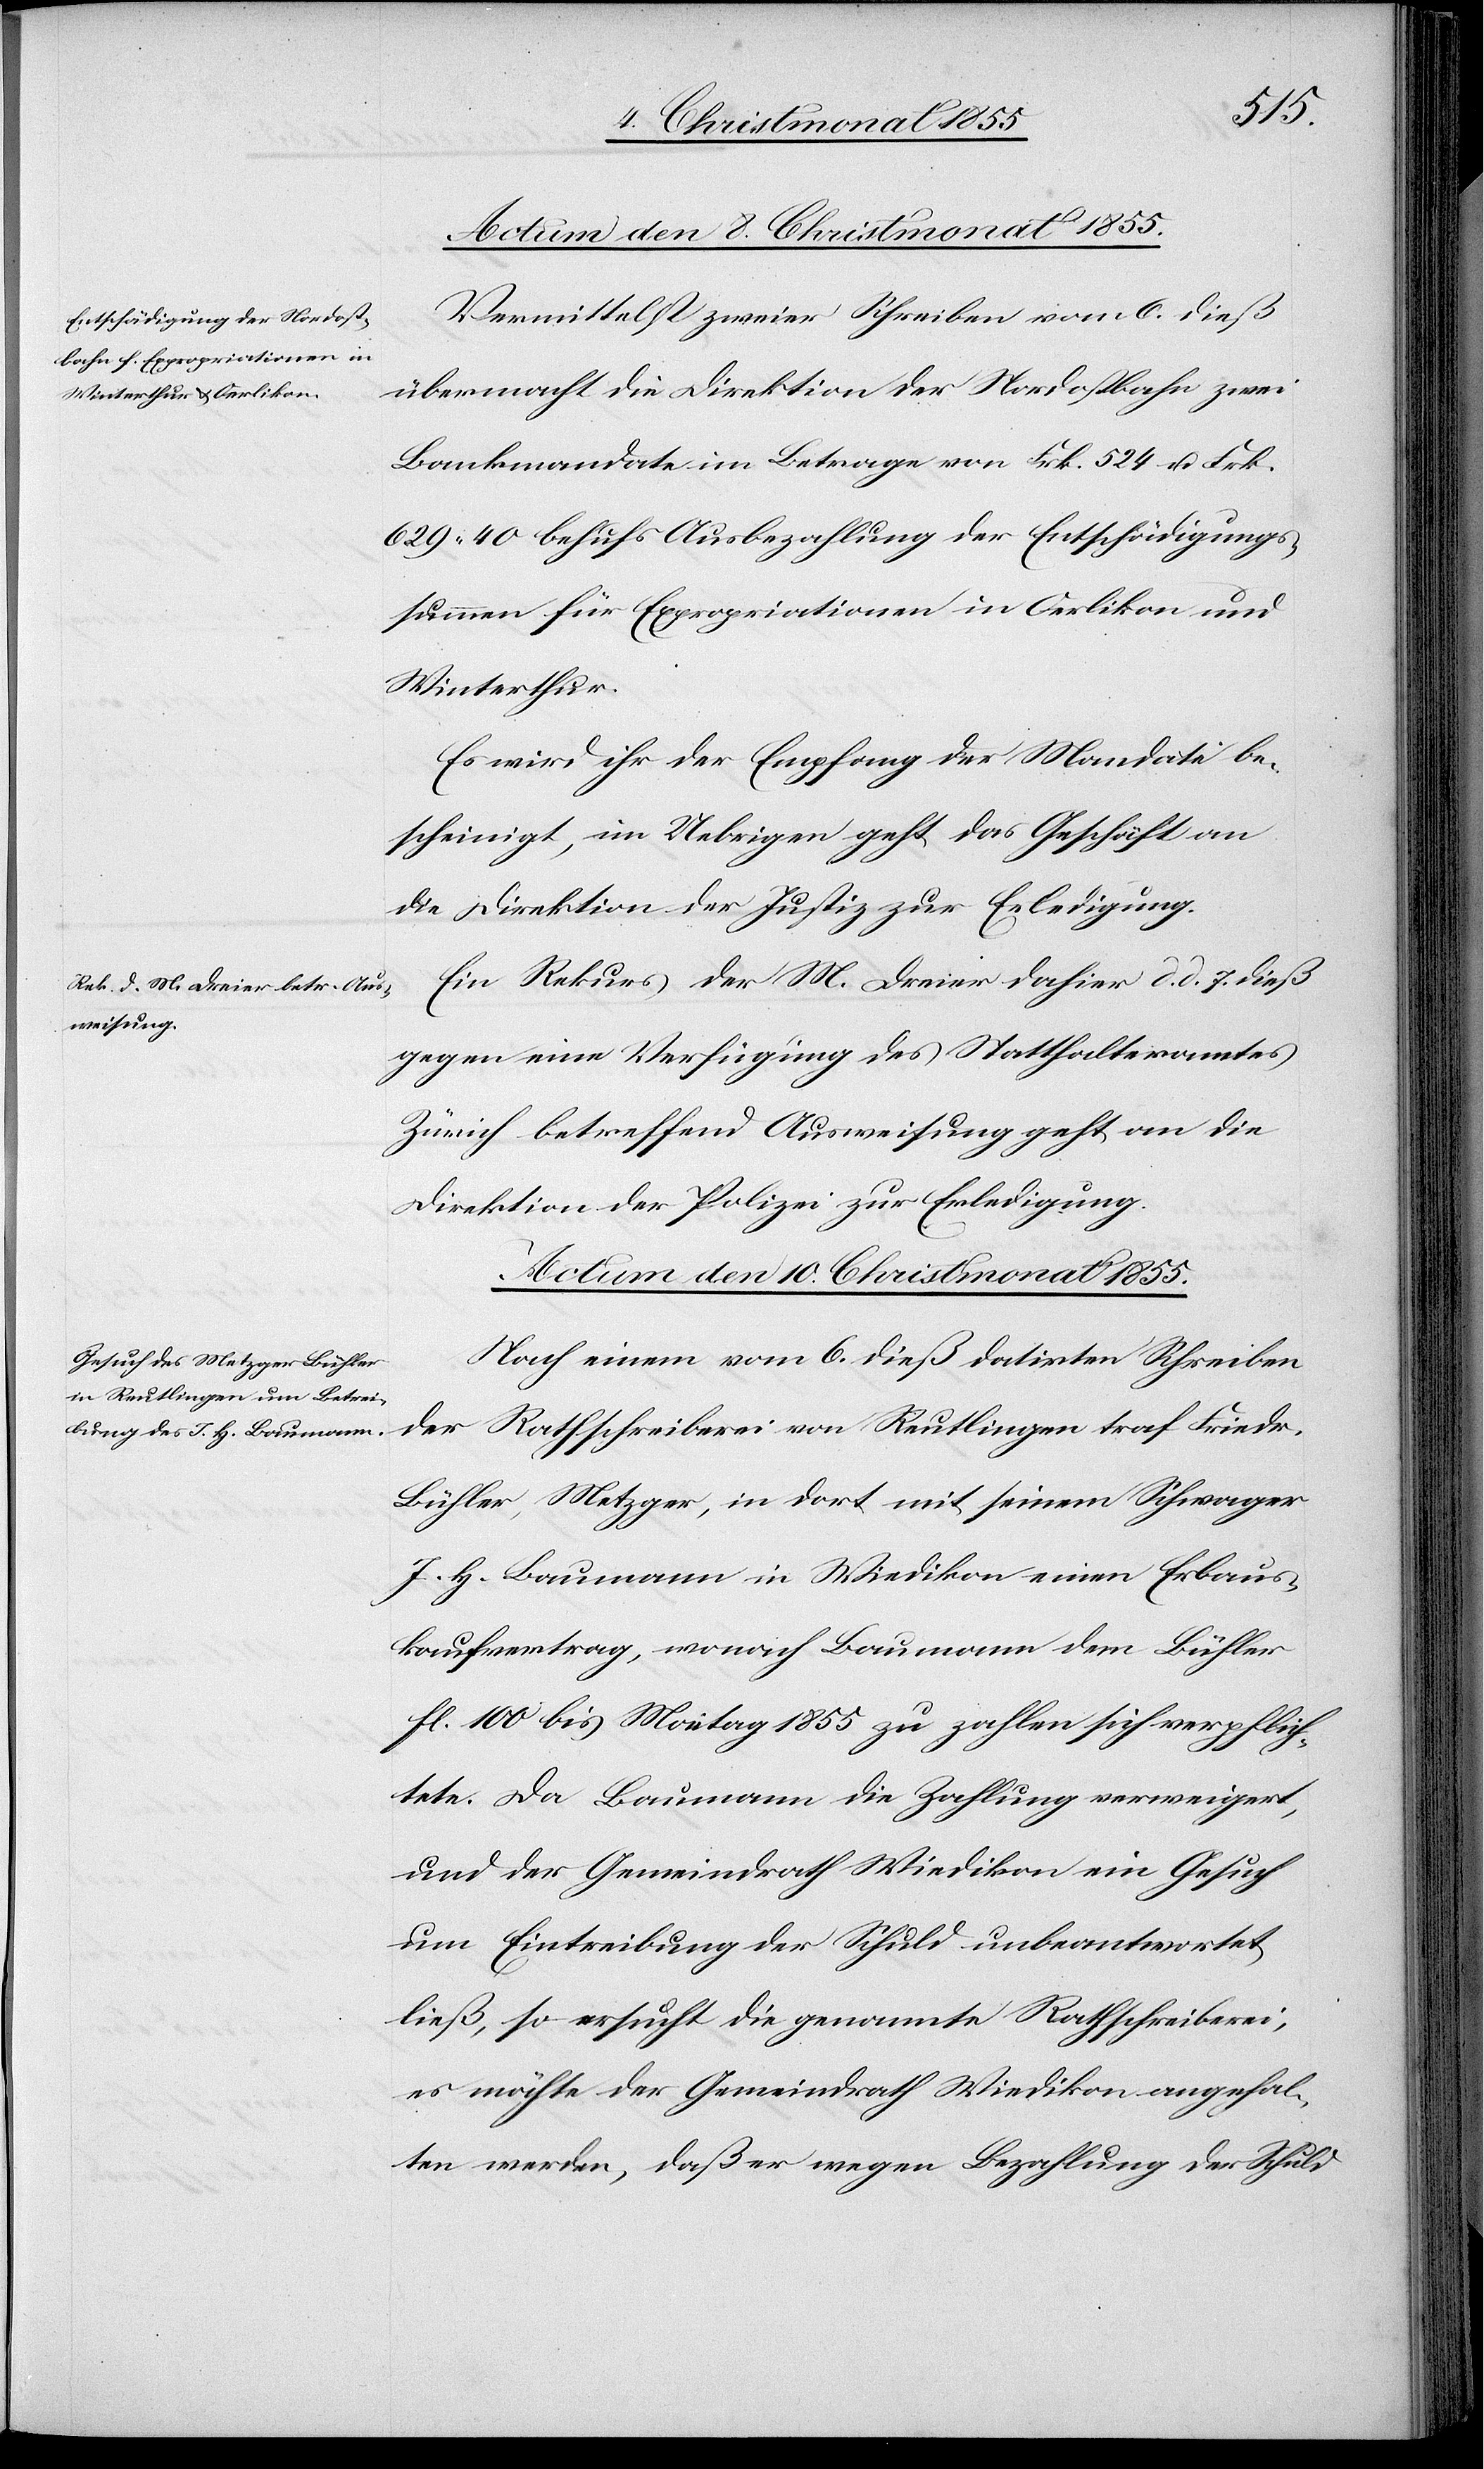
Vermittelst zweier Schreiben vom 6. dieß
übermacht die Direktion der Nordostbahn zwei
Bankmandate im Betrage von Frk. 524 u. Frk.
629. 40 behufs Ausbezahlung der Entschädigungs¬
summen für Expropriationen in Oerlikon und
Winterthur.
Es wird ihr der Empfang der Mandate be¬
scheinigt, im Uebrigen geht das Geschäft an
die Direktion der Justiz zur Erledigung.
Ein Rekurs der M. Dreier dahier d. d. 7. dieß
gegen eine Verfügung des Statthalteramtes
Zürich betreffend Ausweisung geht an die
Direktion der Polizei zur Erledigung.
Actum den 10. Christmonat 1855.
Nach einem vom 6. dieß datirten Schreiben
der Rathschreiberei von Reutlingen traf Friedr.
Bühler, Metzger, in dort mit seinem Schwager
J. H. Baumann in Wiedikon einen Erbaus¬
kaufvertrag, wonach Baumann dem Bühler
fl. 100 bis Maitag 1855 zu zahlen sich verpflich¬
tete. Da Baumann die Zahlung verweigert,
und der Gemeindrath Wiedikon ein Gesuch
um Eintreibung der Schuld unbeantwortet
ließ, so ersucht die genannte Rathschreiberei,
es möchte der Gemeindrath Wiedikon angehal¬
ten werden, daß er wegen Bezahlung der Schuld